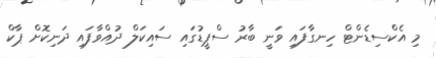
މި އެކްސިޑެންޓް ހިނގާފައި ވަނީ ބާރު ސްޕީޑުގައި ސައިކަލް ދުއްވާފައި ދަނިކޮށް ޕާކް